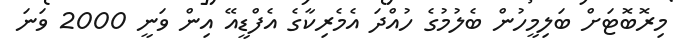
މިރޮބޮޓަށް ބަލިމީހުން ބެލުމުގެ ހުއްދަ އެމެރިކާގެ އެފްޑީއޭ އިން ވަނީ 2000 ވަނަ